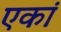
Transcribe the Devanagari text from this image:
एकां